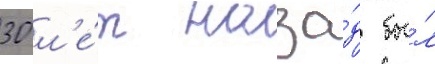
30 л'е́т наза́д бы́л